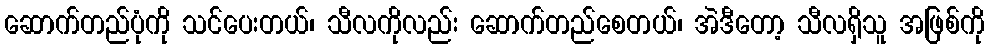
ဆောက်တည်ပုံကို သင်ပေးတယ်၊ သီလကိုလည်း ဆောက်တည်စေတယ်၊ အဲဒီတော့ သီလရှိသူ အဖြစ်ကို